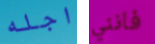
اجله فانني